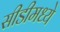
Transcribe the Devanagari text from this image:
सीडीमध्ये